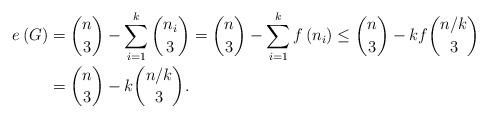
LaTeX: \begin{align*}e\left( G\right) & =\binom{n}{3}-\sum_{i=1}^{k}\binom{n_{i}}{3}=\binom{n}{3}-\sum_{i=1}^{k}f\left( n_{i}\right) \leq\binom{n}{3}-kf\binom{n/k}{3}\\& =\binom{n}{3}-k\binom{n/k}{3}.\end{align*}